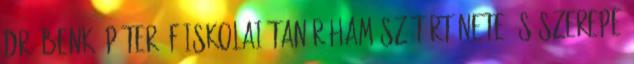
dr. Benkő Péter, főiskolai tanár Hamász története és szerepe